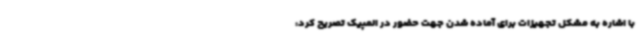
با اشاره به مشکل تجهیزات برای آماده شدن جهت حضور در المپیک تصریح کرد: